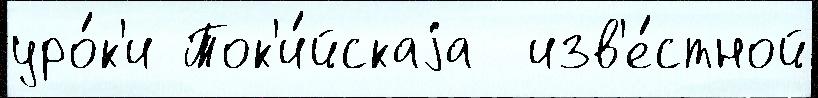
уро́к'и Ток'и́йскаjа  изв'е́стной